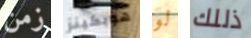
زمن هوبكينز لو ذللك